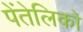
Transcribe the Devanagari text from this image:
पेंतेलिको